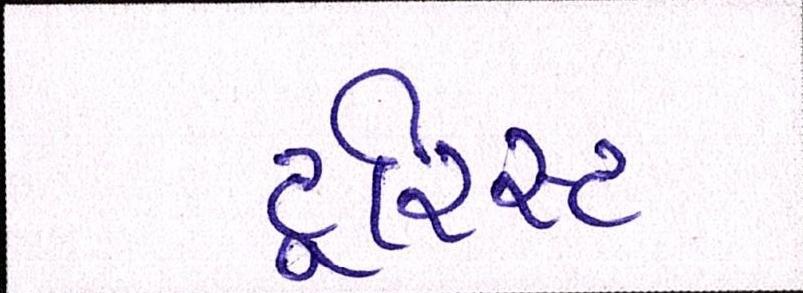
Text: ટૂરિસ્ટ